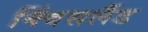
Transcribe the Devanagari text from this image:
क्विंसलैंड